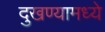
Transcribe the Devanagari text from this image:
दुखण्यामध्ये